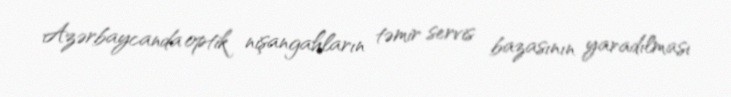
Azərbaycanda optik nişangahların təmir servis bazasının yaradılması